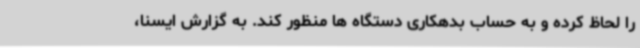
را لحاظ کرده و به حساب بدهکاری دستگاه ها منظور کند. به گزارش ایسنا،